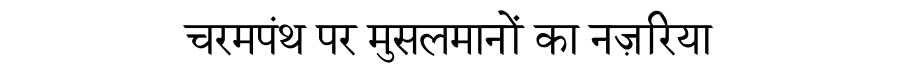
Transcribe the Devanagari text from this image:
चरमपंथ पर मुसलमानों का नज़रिया